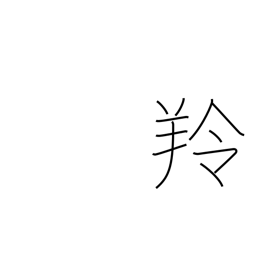
Meaning: antelope